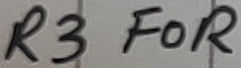
Text: R3 FOR